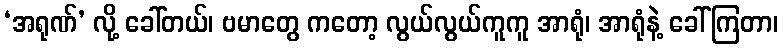
‘အရုဏ်’ လို့ ခေါ်တယ်၊ ဗမာတွေ ကတော့ လွယ်လွယ်ကူကူ အာရုံ၊ အာရုံနဲ့ ခေါ်ကြတာ၊